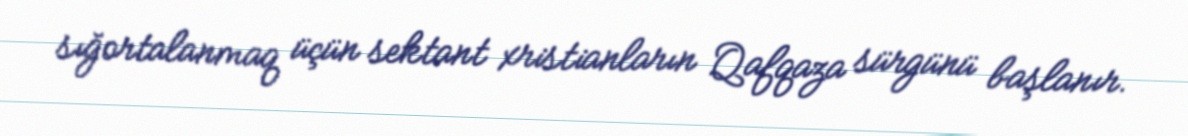
sığortalanmaq üçün sektant xristianların Qafqaza sürgünü başlanır.